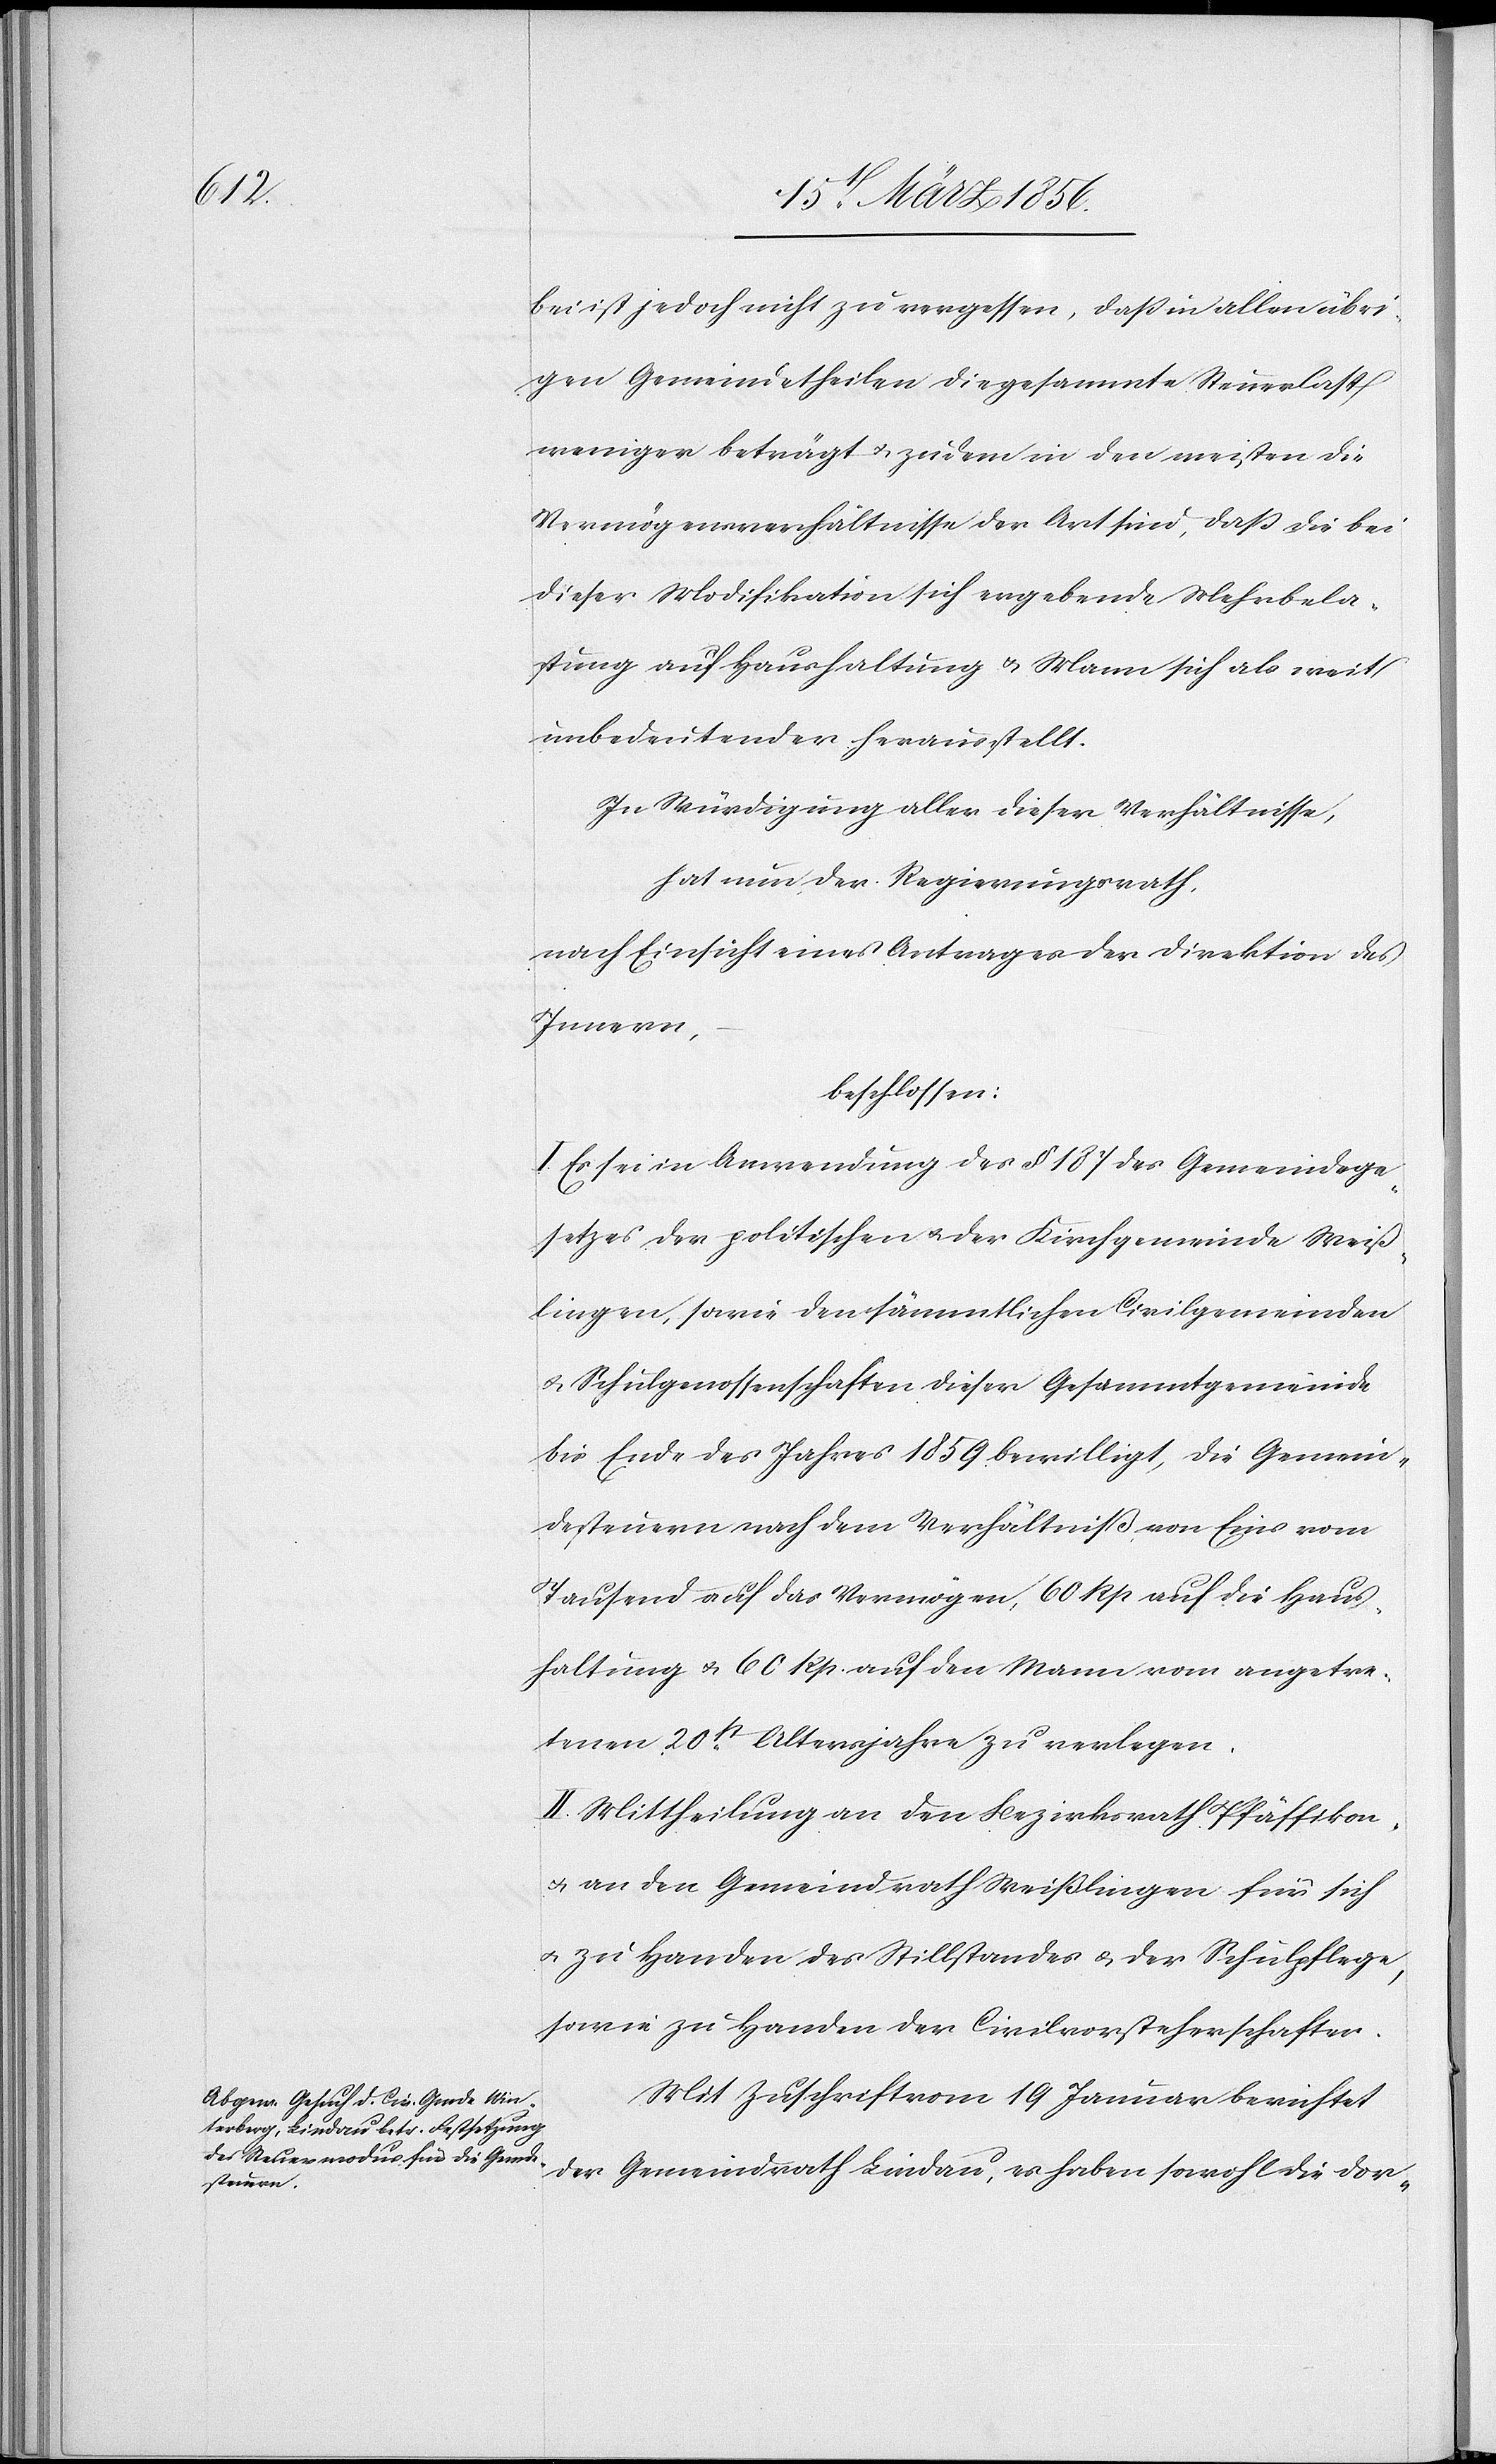
bei ist jedoch nicht zu vergessen, daß in allen übri¬
gen Gemeindetheilen die gesammte Steuerlast
weniger beträgt u. zudem in den meisten die
Vermögensverhältnisse der Art sind, daß die bei
dieser Modifikation sich ergebende Mehrbela¬
stung auf Haushaltung u. Mann sich als weit
unbedeutender herausstellt.
In Würdigung aller dieser Verhältnisse,
hat nun der Regierungsrath,
nach Einsicht eines Antrages der Direktion des
Innern,
beschlossen:
I. Es sei in Anwendung des § 187 des Gemeindege¬
setzes der politischen u. der Kirchgemeinde Weiß¬
lingen, sowie den sämmtlichen Civilgemeinden
u. Schulgenossenschaften dieser Gesammtgemeinde
bis Ende des Jahres 1859 bewilligt, die Gemein¬
desteuern nach dem Verhältniß von Eins vom
Tausend auf das Vermögen, 60 Rp auf die Haus¬
haltung u. 60 Rp. auf den Mann vom angetre¬
tenen 20st Altersjahre zu verlegen.
II. Mittheilung an den Bezirksrath Pfäffikon
u. an den Gemeindrath Weißlingen für sich
u. zu Handen der Civilvorsteherschaften.
Mit Zuschrift vom 19 Januar berichtet
der Gemeindrath Lindau, es haben sowohl die dor-